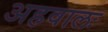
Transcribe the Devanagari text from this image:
अहवालः